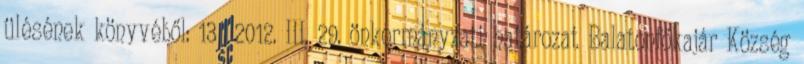
ülésének könyvéből: 13 2012. III. 29. önkormányzati határozat Balatonfőkajár Község